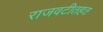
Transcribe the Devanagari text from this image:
राजवटीतहत